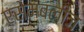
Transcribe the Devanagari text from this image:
एसेम्बलीज